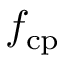
f _ { \mathrm { c p } }